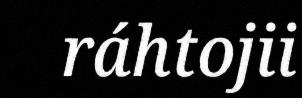
ráhtojii